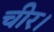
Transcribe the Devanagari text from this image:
चीर।